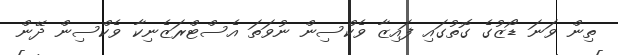
ތިން ވަނަ ޑޯޒުގެ ގޮތުގައި ފައިޒާ ވެކްސިން ނުވަތަ އެސްޓްރަޒެނިކާ ވެކްސިން ދޭން